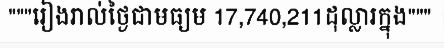
"""រៀងរាល់ថ្ងៃជាមធ្យម 17,740,211ដុល្លារក្នុង"""